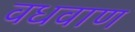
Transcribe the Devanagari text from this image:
वधवाण